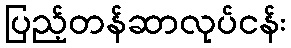
ပြည့်တန်ဆာလုပ်ငန်း